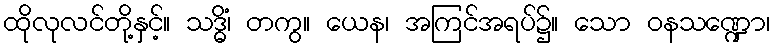
ထိုလုလင်တို့နှင့်။ သဒ္ဓိံ၊ တကွ။ ယေန၊ အကြင်အရပ်၌။ သော ဝနသဏ္ဍော၊